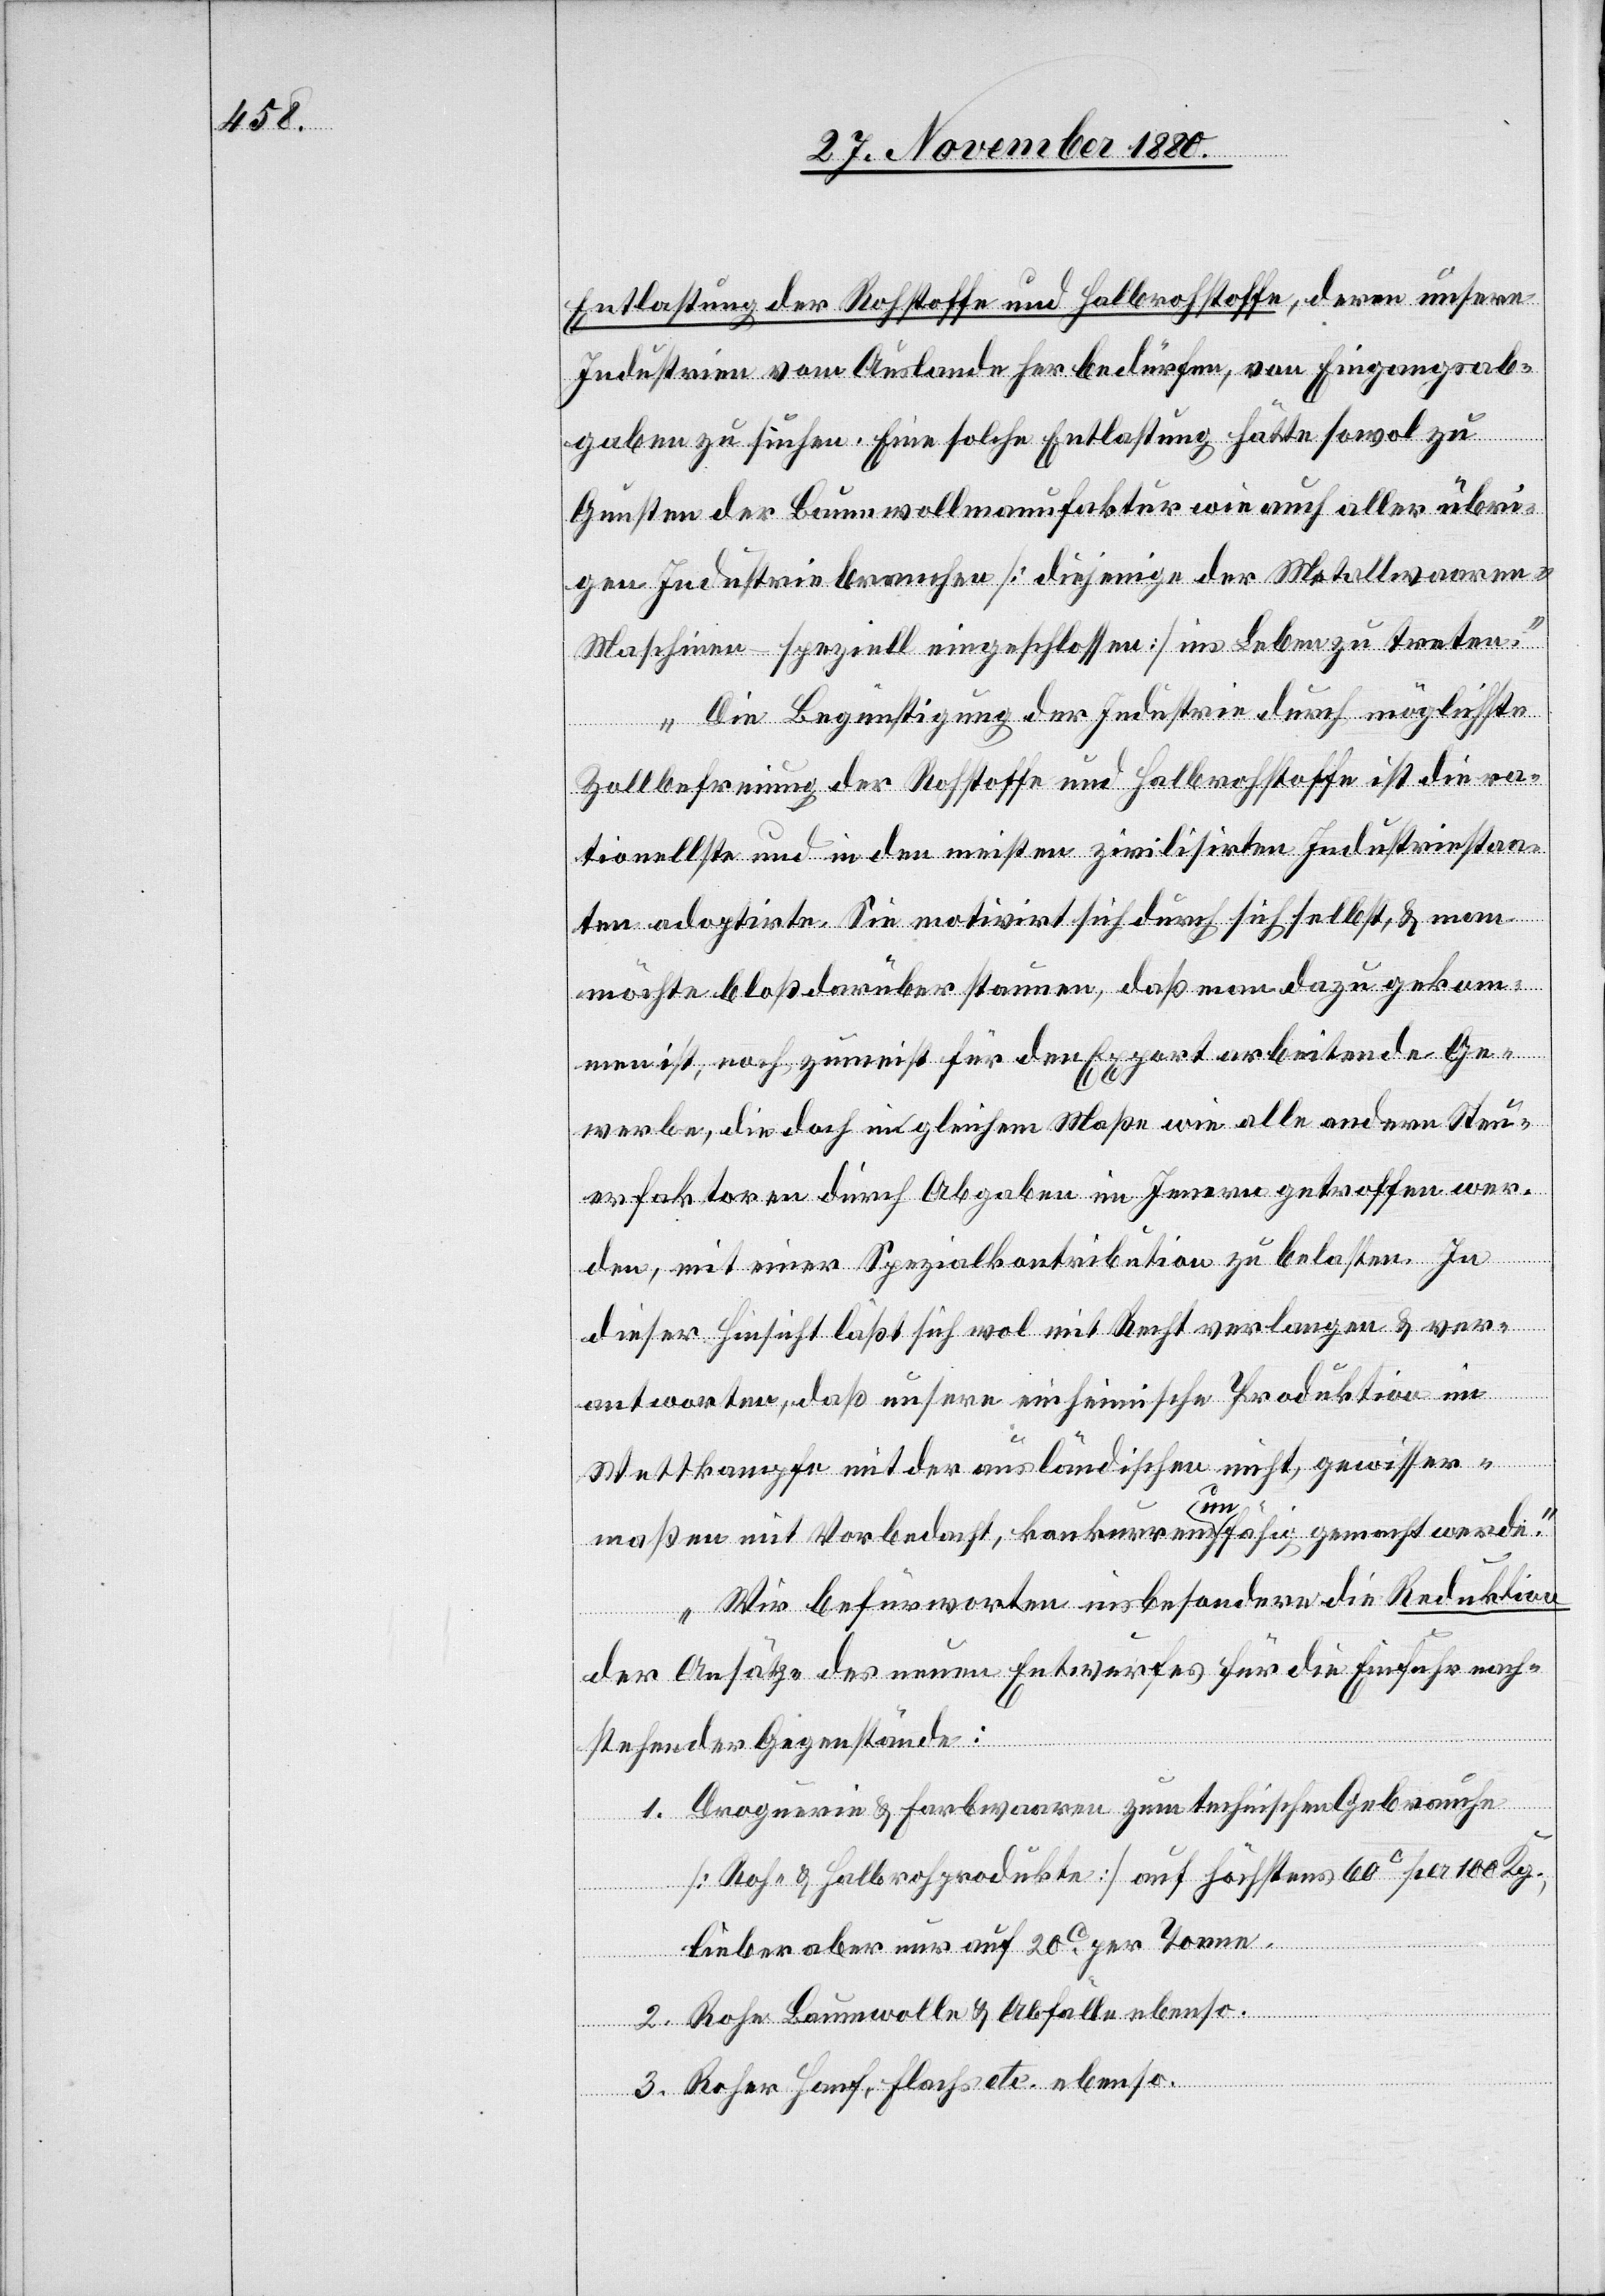
Entlastung der Rohstoffe und Halbrohstoffe, deren unsere
Industrie vom Auslande her bedürfen, von Eingangsab¬
gaben zu suchen. Eine solche Entlastung hätte sowol zu
Gunsten der Baumwollmanufaktur wie auch aller übri¬
gen Industriebranchen [diejenige der Metallwaaren-M¬
aschinen – speziell eingeschlossen] ins Leben zu treten.
Die Begünstigung der Industrie durch möglichste
Zollbefreiung der Rohstoffe und Halbrohstoffe ist die ra¬
tionellste und in den meisten zivilisirten Industriestaa¬
ten adoptirte. Sie motivirt sich durch sich selbst, & man
möchte bloß darüber staunen, daß man dazu gekom¬
men ist, noch zumeist für den Export arbeitende Ge¬
werbe, die doch im gleichen Maße wie alle andern Steu¬
erfaktoren durch Abgaben im Innern getroffen wer¬
den, mit einer Spezialkontribution zu belasten. In
dieser Hinsicht läßt sich wol mit Recht verlangen & ver¬
antworten, daß unsere einheimische Produktion im
Wettkampfe mit der ausländischen nicht, gewisser¬
maßen mit Vorbedacht, konkurrenzunfähig gemacht werde.
Wir befürworten insbesondere die Reduktion
der Ansätze des neuen Entwurfes für die Einfuhr nach¬
stehender Gegenstände:
Droguerie & Farbwaaren zum technischen Gebrauche
[Roh- & Halrohprodukte] auf höchstens 60c per Kg.,
lieber aber nur auf 20c per Tonne.
Rohe Baumwolle & Abfälle ebenso.
Roher Hanf, Flachs etc. ebenso.